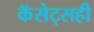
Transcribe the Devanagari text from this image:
कॅसेट्सही